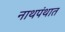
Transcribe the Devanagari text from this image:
नाथपंथात